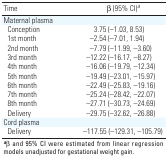
| Time | β (95% CI)a |
 | --- | --- |
 | Maternal plasma |
 | Conception | 3.75 (–1.03, 8.53) |
 | 1st month | –2.54 (–7.01, 1.94) |
 | 2nd month | –7.79 (–11.99, –3.60) |
 | 3rd month | –12.22 (–16.17, –8.27) |
 | 4th month | –16.06 (–19.79, –12.34) |
 | 5th month | –19.49 (–23.01, –15.97) |
 | 6th month | –22.49 (–25.83, –19.16) |
 | 7th month | –25.24 (–28.42, –22.07) |
 | 8th month | –27.71 (–30.73, –24.69) |
 | Delivery | –29.75 (–32.62, –26.88) |
 | Cord plasma |
 | Delivery | –117.55 (–129.31, –105.79) |
 | <COLSPAN=2> aβ and 95% CI were estimated from linear regression models unadjusted for gestational weight gain. |